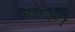
સબન